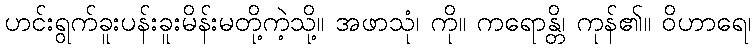
ဟင်းရွက်ခူးပန်းခူးမိန်းမတို့ကဲ့သို့။ အဖာသုံ၊ ကို။ ကရောန္တိ၊ ကုန်၏။ ဝိဟာရေ၊